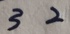
3 2